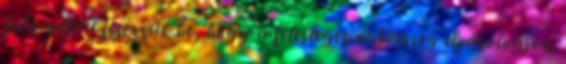
fedő nélkül fejezzük be, hogy a felesleges nedvesség elpárologjon.